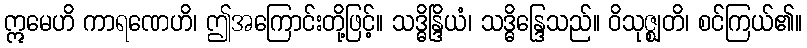
ဣမေဟိ ကာရဏေဟိ၊ ဤအကြောင်းတို့ဖြင့်။ သဒ္ဓိန္ဒြိယံ၊ သဒ္ဓိန္ဒြေသည်။ ဝိသုဇ္ဈတိ၊ စင်ကြယ်၏။